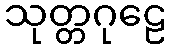
သုတ္တဂုဠေ